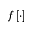
f \left[ \cdot \right]